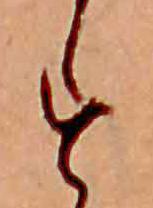
す